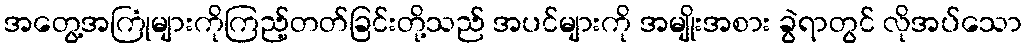
အတွေ့အကြုံများကိုကြည့်တတ်ခြင်းတို့သည် အပင်များကို အမျိုးအစား ခွဲရာတွင် လိုအပ်သော